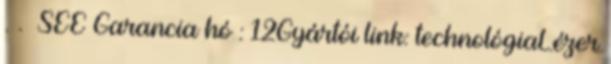
. . SEE Garancia hó : 12Gyártói link: technológiaLézer